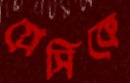
গ্রেসিকে